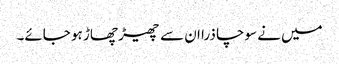
میں نے سوچا ذرا ان سے چھیڑ چھاڑ ہو جائے۔